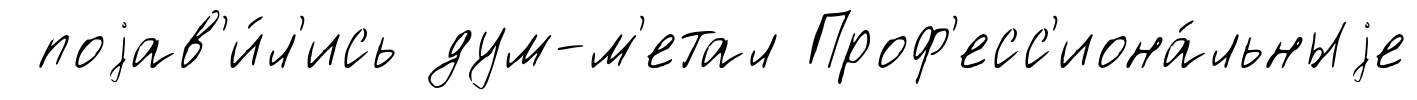
поjав'и́л'ись дум-м'етал Проф'есс'иона́льныjе